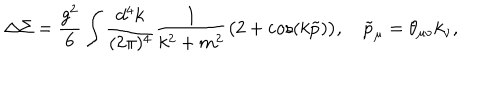
\Delta \Sigma = \frac { g ^ { 2 } } 6 \int \frac { d ^ { 4 } k } { ( 2 \pi ) ^ { 4 } } \frac 1 { k ^ { 2 } + m ^ { 2 } } \big ( 2 + \cos ( k \tilde { p } ) \big ) , \quad \tilde { p } _ { \mu } = \theta _ { \mu \nu } k _ { \nu } ,